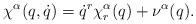
LaTeX: \begin{align*}\chi^\alpha(q,\dot q) = \dot q^r \chi_r^\alpha(q) + \nu^\alpha(q) .\end{align*}